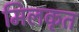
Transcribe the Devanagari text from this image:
मिलकृत